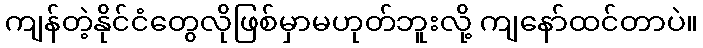
ကျန်တဲ့နိုင်ငံတွေလိုဖြစ်မှာမဟုတ်ဘူးလို့ ကျနော်ထင်တာပဲ။